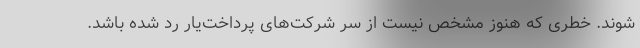
شوند. خطری که هنوز مشخص نیست از سر شرکت‌های پرداخت‌یار رد شده باشد.